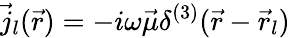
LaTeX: \vec{j}_{l}(\vec{r})=-i\omega\vec{\mu}\delta^{(3)}(\vec{r}-\vec{r}_{l})